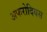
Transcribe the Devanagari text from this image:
अफरोदियस